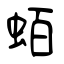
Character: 蛨